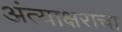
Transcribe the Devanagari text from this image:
अंत्याक्षराचा